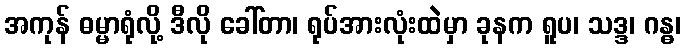
အကုန် ဓမ္မာရုံလို့ ဒီလို ခေါ်တာ၊ ရုပ်အားလုံးထဲမှာ ခုနက ရူပ၊ သဒ္ဒ၊ ဂန္ဓ၊